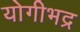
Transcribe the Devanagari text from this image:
योगीभद्र